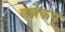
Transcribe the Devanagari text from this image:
वन्नेकपू